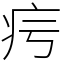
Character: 疞